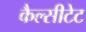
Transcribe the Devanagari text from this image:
कैल्सीटेट